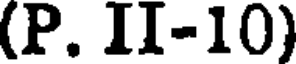
(P. II-10)